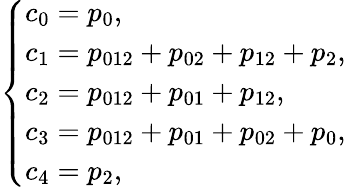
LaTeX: \begin{array}{r}{\left\{ {\begin{array}{l}{c_{0}=p_{0},}\\ {c_{1}=p_{012}+p_{02}+p_{12}+p_{2},}\\ {c_{2}=p_{012}+p_{01}+p_{12},}\\ {c_{3}=p_{012}+p_{01}+p_{02}+p_{0},}\\ {c_{4}=p_{2},}\end{array}}\right.}\end{array}